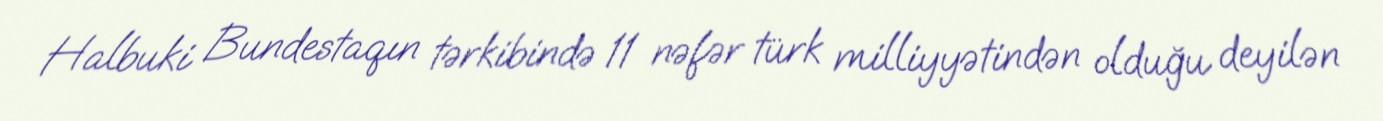
Halbuki Bundestaqın tərkibində 11 nəfər türk milliyyətindən olduğu deyilən